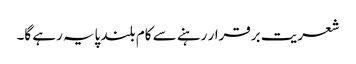
شعریت برقرار رہنے سے کام بلند پایہ رہے گا۔